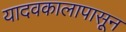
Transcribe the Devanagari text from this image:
यादवकालापासून